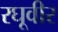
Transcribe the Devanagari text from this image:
रघूवीर